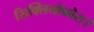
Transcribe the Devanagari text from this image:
सिक्लियोफोरा।